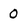
Character: O